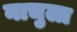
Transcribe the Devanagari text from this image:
नाचुला